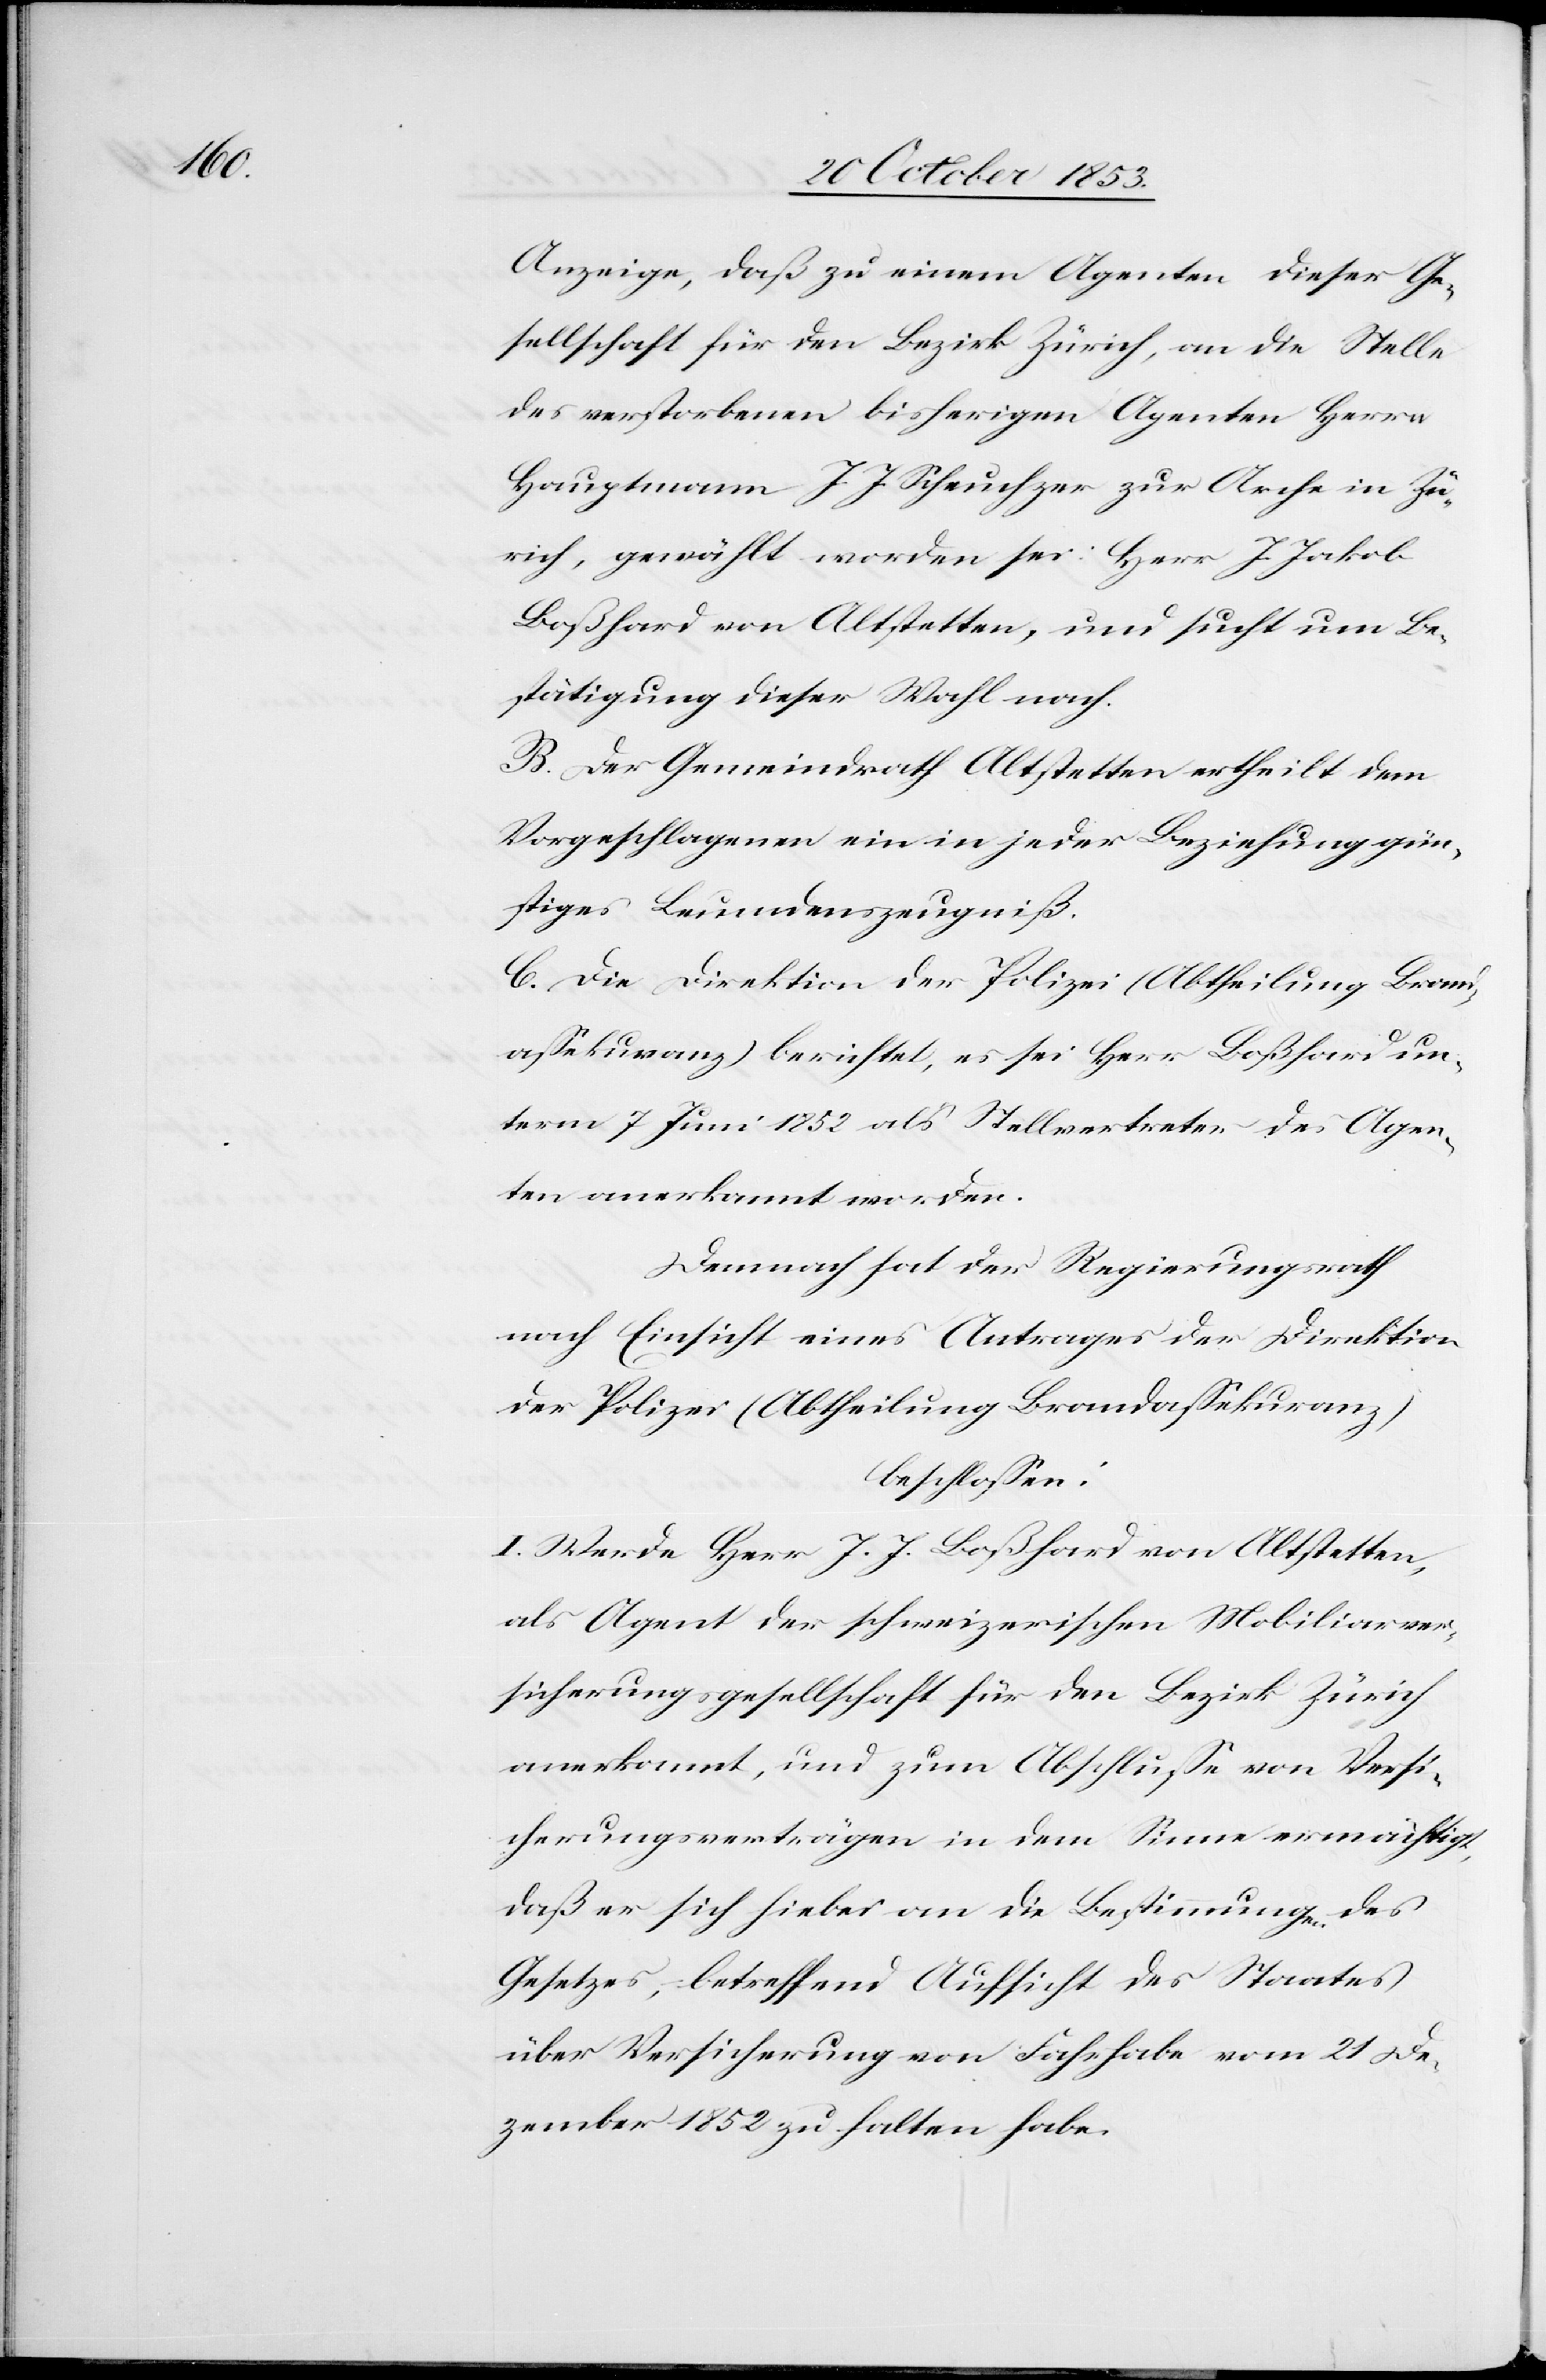
Anzeige, daß zu einem Agenten dieser Ge¬
sellschaft für den Bezirk Zürich, an die Stelle
des verstorbenen bisherigen Agenten Herrn
Hauptmann J. J. Scheuchzer zur Arche in Zü¬
rich, gewählt worden sei. Herr J. Jakob
Boßhard von Altstetten, und sucht um Be¬
stätigung dieser Wahl nach.
B. Der Gemeindrath Altstetten ertheilt den
Vorgeschlagenen ein in jeder Beziehung gün¬
stiges Leumdenszeugniß.
C. Die Direktion der Polizei (Abtheilung Brand¬
aßekuranz) berichtet, es sei Herr Boßhard un¬
term 7 Juni 1852 als Stellvertreter des Agen¬
ten anerkannt worden.
Demnach hat der Regierungsrath
nach Einsicht eines Antrages der Direktion
der Polizei (Abtheilung Brandaßekuranz)
beschloßen:
I. Werde Herr J. J. Boßhard von Altstetten,
als Agent der schweizerischen Mobiliarver¬
sicherungsgesellschaft für den Bezirk Zürich
anerkannt, und zum Abschluße von Versi¬
cherungsverträgen in dem Sinne ermächtigt,
daß er sich hiebei an die Bestimmungen des
Gesetzes, betreffend Aufsicht des Staates
über Versicherung von Fahrhabe vom 21 De¬
zember 1852 zu halten habe.